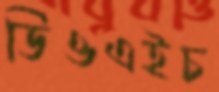
ডিওএইচ